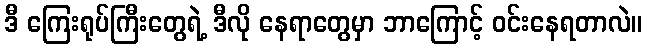
ဒီ ကြေးရုပ်ကြီးတွေရဲ့ ဒီလို နေရာတွေမှာ ဘာကြောင့် ဝင်းနေရတာလဲ။